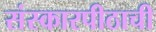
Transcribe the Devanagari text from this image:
संस्कारपीठाची